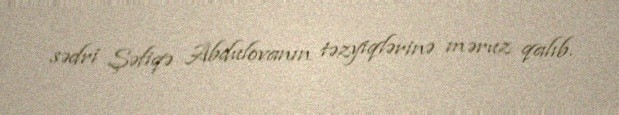
sədri Şəfiqə Abdulovanın təzyiqlərinə məruz qalıb.